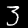
Digit: 3